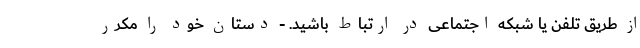
از طریق تلفن یا شبکه اجتماعی در ارتباط باشید. - دستان خود را مکرر